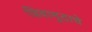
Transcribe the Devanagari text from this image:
शिवामुठाचे